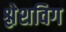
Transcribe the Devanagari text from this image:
श्लेशविग